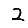
Digit: 2